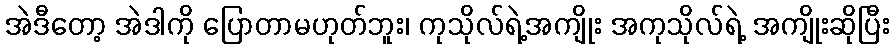
အဲဒီတော့ အဲဒါကို ပြောတာမဟုတ်ဘူး၊ ကုသိုလ်ရဲ့အကျိုး အကုသိုလ်ရဲ့ အကျိုးဆိုပြီး